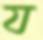
য